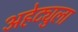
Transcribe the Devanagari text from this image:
अहेट्युला